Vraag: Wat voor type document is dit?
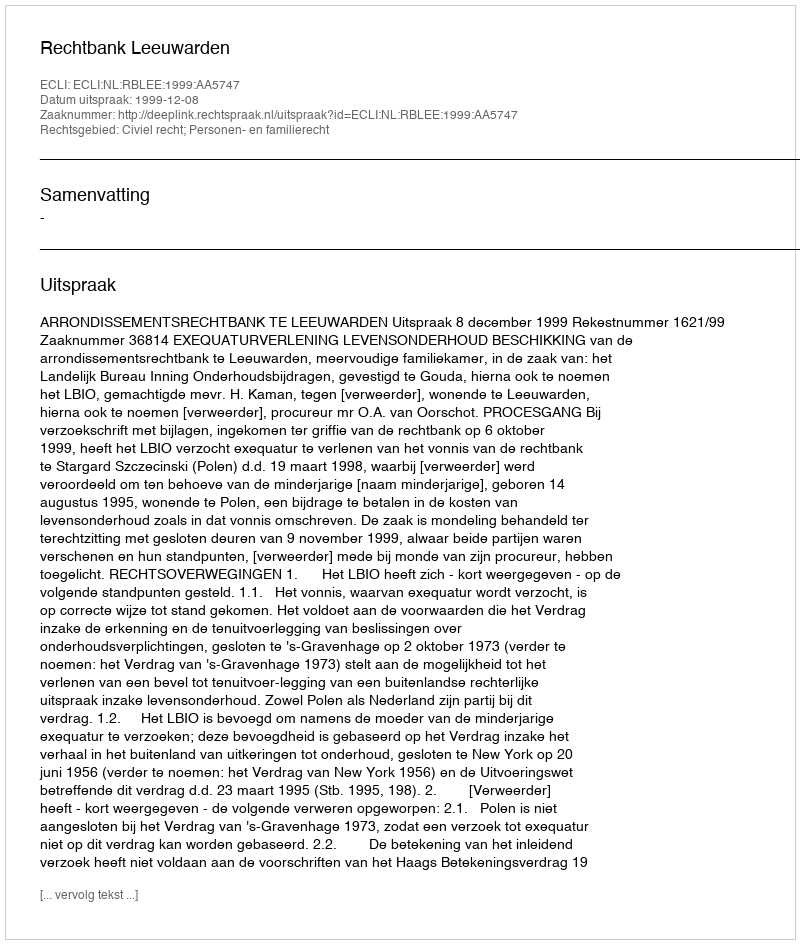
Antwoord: Uitspraak